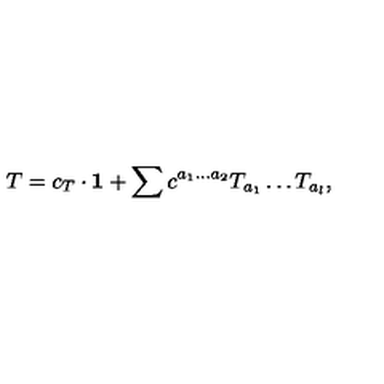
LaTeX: T = c _ { T } \cdot { \bf 1 } + \sum c ^ { a _ { 1 } \dots a _ { 2 } } T _ { a _ { 1 } } \dots T _ { a _ { l } } ,